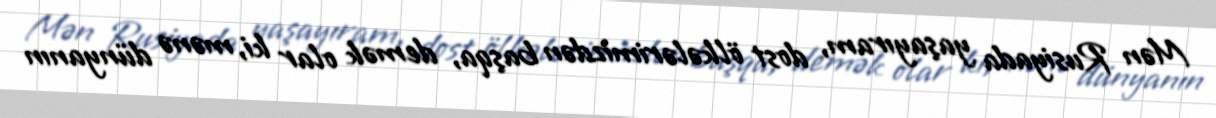
Mən Rusiyada yaşayıram, dost ölkələrimizdən başqa, demək olar ki, mənə dünyanın